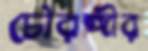
চৌরঙ্গীর